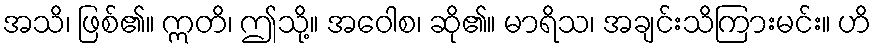
အသိ၊ ဖြစ်၏။ ဣတိ၊ ဤသို့။ အဝေါစ၊ ဆို၏။ မာရိသ၊ အချင်းသိကြားမင်း။ ဟိ